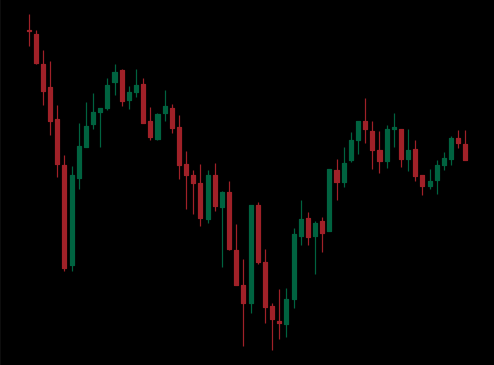
Pattern: inverse_head_shoulders